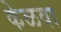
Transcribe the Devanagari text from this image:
केळवा